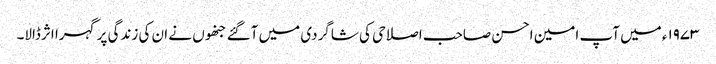
۱۹۷۳ء میں آپ امین احسن صاحب اصلاحی کی شاگردی میں آگئے جنھوں نے ان کی زندگی پر گہرا اثرڈالا۔